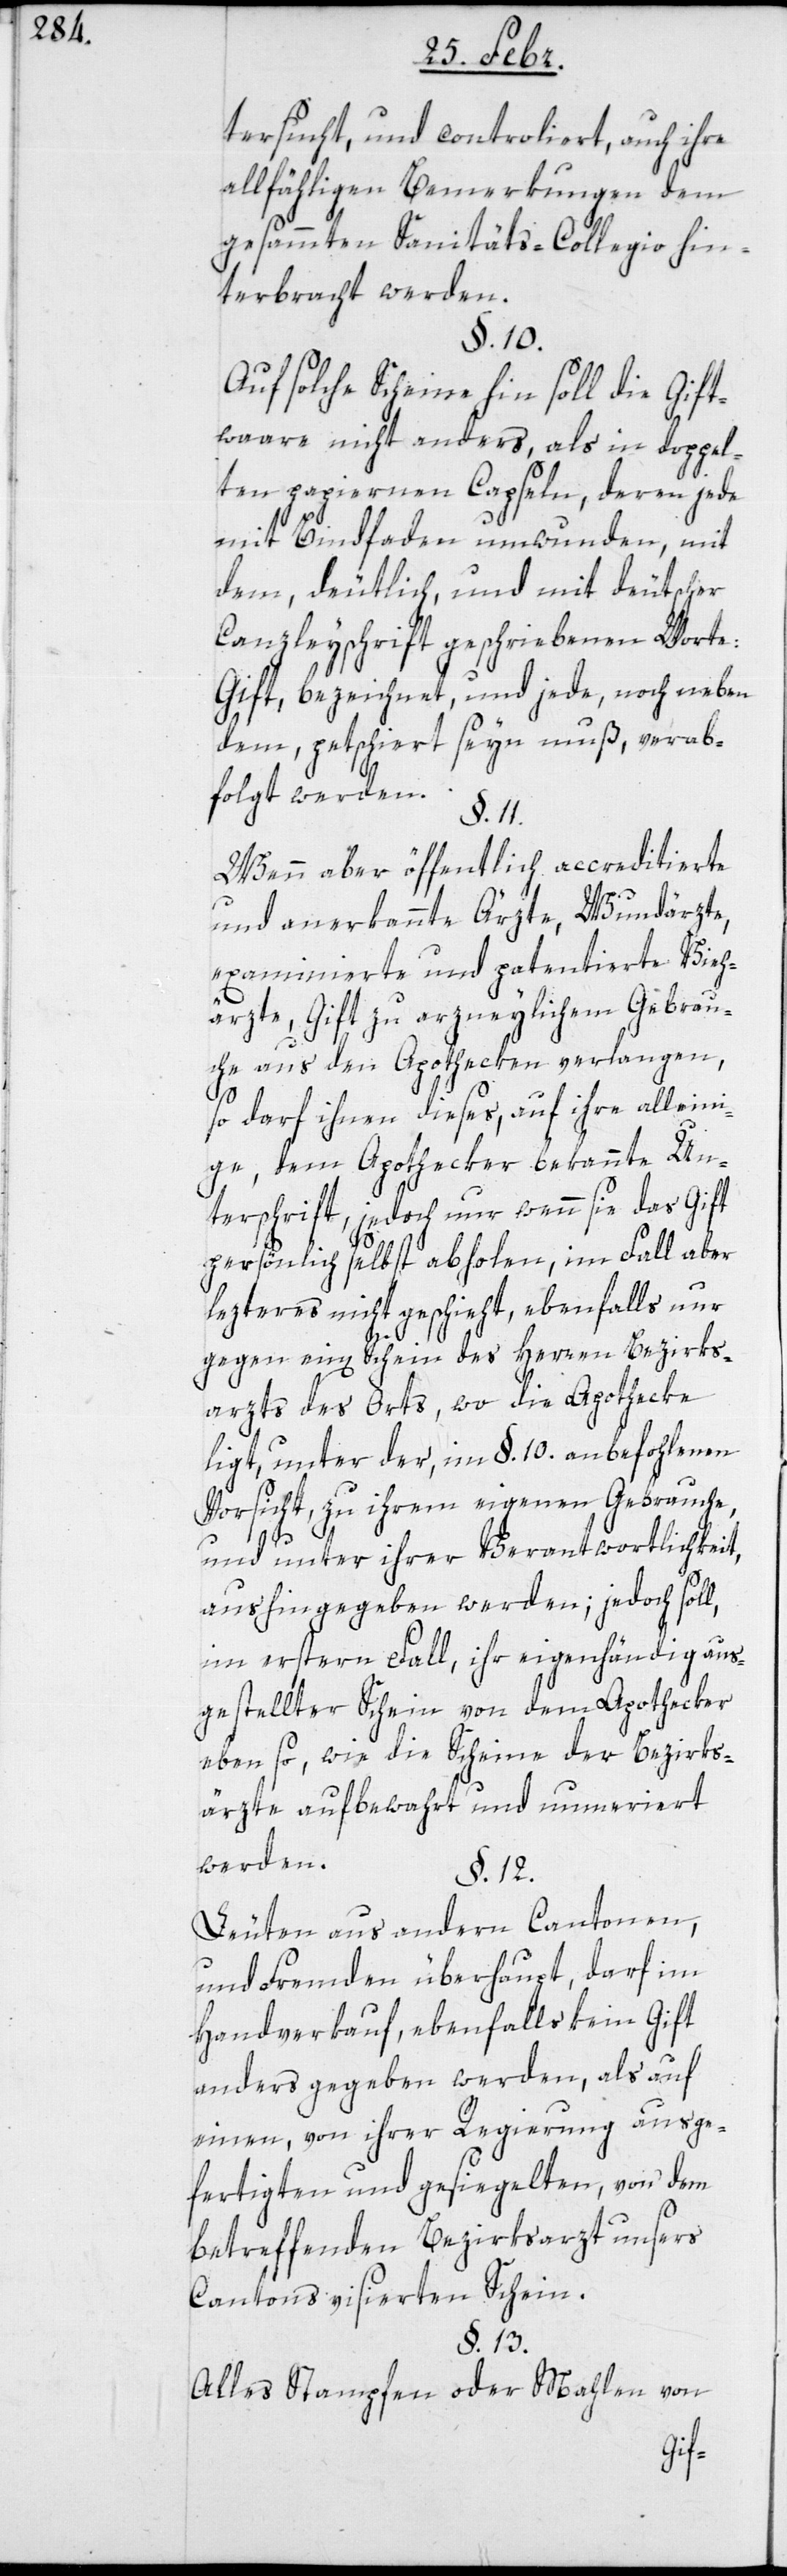
tersucht, und controliert, auch ihre
allfähligen Bemerkungen dem
gesammten Sanitäts-Collegio hin¬
terbracht werden.
§. 10.
Auf solche Scheine hin soll die Gift¬
waare nicht anders, als in doppel¬
ten papiernen Capseln, deren jede
mit Bindfaden umwunden, mit
dem, deutlich, und mit deutscher
Canzleyschrift geschriebenen Worte:
Gift, bezeichnet, und jede, noch neben
dem, petschiert seyn muß, verab¬
folgt werden.
§. 11.
Wenn aber öffentlich accreditierte
und anerkannte Ärzte, Wundärzte,
examinierte und patentierte Vieh¬
ärzte, Gift zu arzneylichem Gebrau¬
che aus den Apothecken verlangen,
so darf ihnen dieses, auf ihre alleini¬
ge, dem Apothecker bekannte Un¬
terschrift, jedoch nur wenn sie das Gift
persönlich selbst abholen; im Fall aber
lezteres nicht geschieht, ebenfalls nur
gegen ein[en] Schein des Herren Bezirks¬
arzts des Orts, wo die Apothecke
ligt, unter der, im §. 10. anbefohlenen
Vorsicht, zu ihrem eigenen Gebrauche,
und unter ihrer Verantwortlichkeit,
aushingegeben werden; jedoch soll,
im erstern Fall, ihr eigenhändig aus¬
gestellter Schein von dem Apothecker
eben so, wie die Scheine der Bezirks¬
ärzte aufbewahrt und nummeriert
werden.
§. 12.
Leuten aus andern Cantonen,
und Fremden überhaupt, darf im
Handverkauf, ebenfalls kein Gift
anders gegeben werden, als auf
einen, von ihrer Regierung ausge¬
fertigten und gesiegelten, von dem
betreffenden Bezirksarzt unsers
Cantons visierten Schein.
§. 13.
Alles Stampfen oder Mahlen von